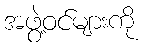
အဖွဲ့ဝင်များကို